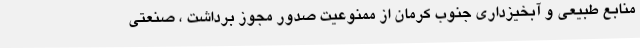
منابع طبیعی و آبخیزداری جنوب کرمان از ممنوعیت صدور مجوز برداشت ، صنعتی